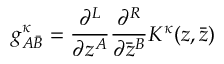
g _ { A { \bar { B } } } ^ { \kappa } = \frac { \partial ^ { L } } { \partial z ^ { A } } \frac { \partial ^ { R } } { \partial { \bar { z } } ^ { B } } K ^ { \kappa } ( z , { \bar { z } } )